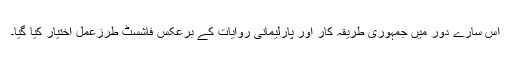
اس سارے دور میں جمہوری طریقہ کار اور پارلیمانی روایات کے برعکس فاشسٹ طرزعمل اختیار کیا گیا۔